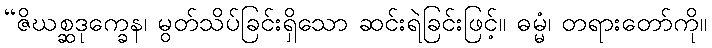
“ဇိဃစ္ဆဒုက္ခေန၊ မွတ်သိပ်ခြင်းရှိသော ဆင်းရဲခြင်းဖြင့်။ ဓမ္မံ၊ တရားတော်ကို။